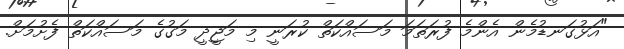
"އަޅުގަނޑުމެން އެންމެ ފުރަތަމަ މަސައްކަތް ކުރަނީ މި މަޖީދީ މަގުގެ މަސައްކަތް ފެށުމަށް.